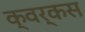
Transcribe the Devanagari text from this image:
क्वर्कस